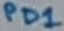
Text: PD1